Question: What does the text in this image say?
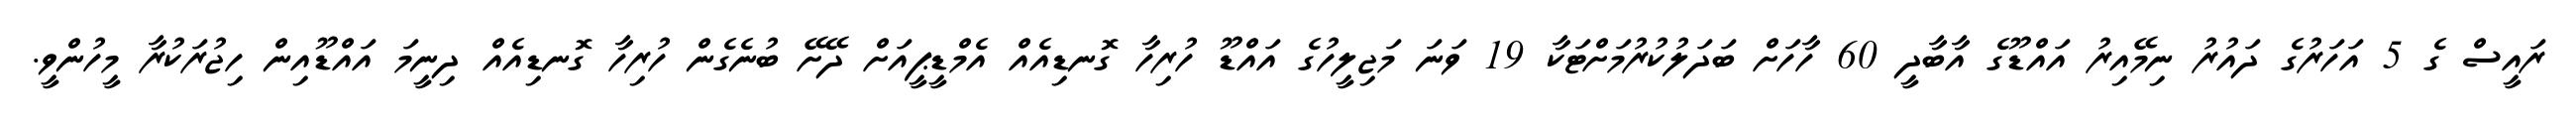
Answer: ރައީސް ގެ 5 އަހަރުގެ ދައުރު ނިމޭއިރު އައްޑޫގެ އާބާދީ 60 ހާހަށް ބަދަލުކުރުމަށްޓަކާ 19 ވަނަ މަޖިލީހުގެ އައްޑޫ ހުރިހާ ގޮނޑިއެއް އެމްޑީޕީއަށް ދޭށޭ ބުނެގެން ހުރިހާ ގޮނޑިއެއް ދިނީމަ އައްޑޫއިން ހިޖުރަކުރާ މީހުންވީ.